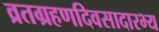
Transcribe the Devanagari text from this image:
व्रतग्रहणदिवसादारभ्य